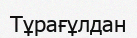
Тұрағұлдан